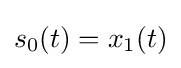
s_{0}(t)=x_{1}(t)